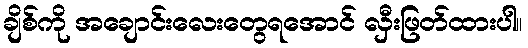
ချိစ်ကို အချောင်းလေးတွေရအောင် လှီးဖြတ်ထားပါ။